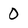
Character: 0